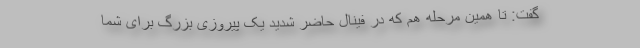
گفت: تا همین‌ مرحله هم که در فینال حاضر شدید یک پیروزی بزرگ برای شما